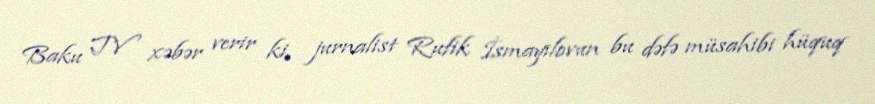
Baku TV xəbər verir ki, jurnalist Rufik İsmayılovun bu dəfə müsahibi hüquq